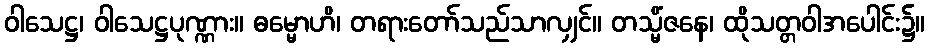
ဝါသေဋ္ဌ၊ ဝါသေဋ္ဌပုဏ္ဏား။ ဓမ္မောဟိ၊ တရားတော်သည်သာလျှင်။ တသ္မိံဇနေ၊ ထိုသတ္တဝါအပေါင်း၌။